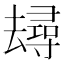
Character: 𱑭